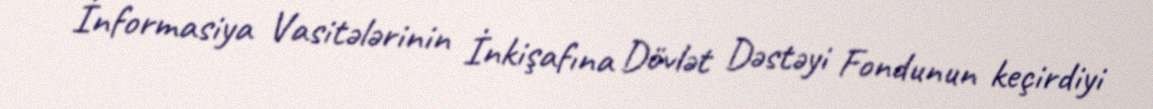
İnformasiya Vasitələrinin İnkişafına Dövlət Dəstəyi Fondunun keçirdiyi